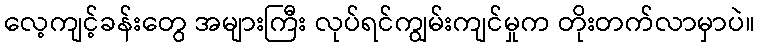
လေ့ကျင့်ခန်းတွေ အများကြီး လုပ်ရင်ကျွမ်းကျင်မှုက တိုးတက်လာမှာပဲ။